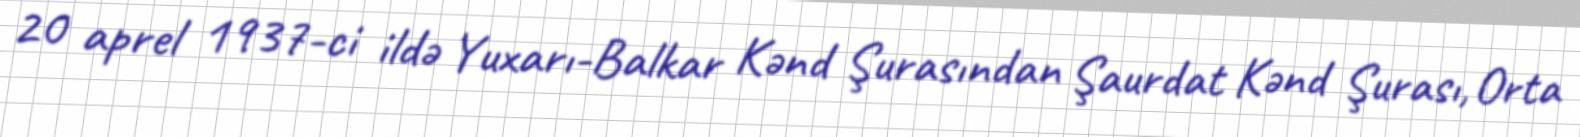
20 aprel 1937-ci ildə Yuxarı-Balkar Kənd Şurasından Şaurdat Kənd Şurası, Orta